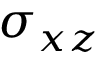
\sigma _ { x z }